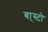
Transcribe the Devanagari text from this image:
बा्स्टो